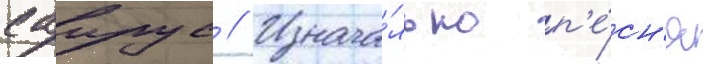
саирус // Изнача́льно п'е́сн'я